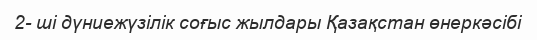
2- ші дүниежүзілік соғыс жылдары Қазақстан өнеркәсібі